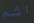
اشم